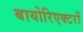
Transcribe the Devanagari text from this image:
बायोरिएक्टरों